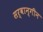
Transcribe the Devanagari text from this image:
सर्वान्गीन